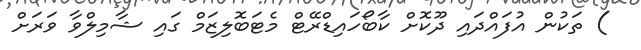
) ތަކުން އުފައްދައި ދޫކޮށް ކާބޯހައިޑްރޭޓް މެޓަބޮލިޒަމް ގައި ޝާމިލްވާ ވަރަށް